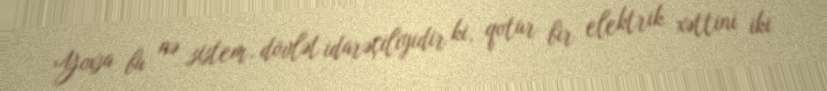
Yoxsa bu nə sistem, dövlət idarəçiliyidir ki, qotur bir elektrik xəttini iki